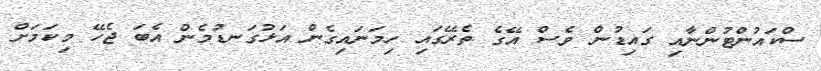
ސްކައުންޓުންނާއި ގައިޑުން ވެސް އޭގެ ތެރޭގައި ހިމަނައިގެން އަޅުގަނޑުމެން އެބަ ޖެހޭ މިކަމަށް